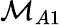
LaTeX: \mathcal{M}_{A1}